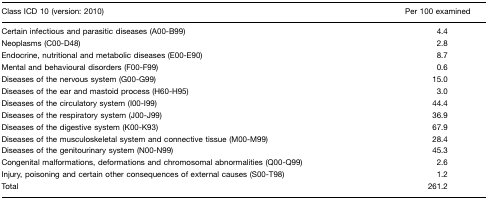
| Class ICD 10 (version: 2010) | Per 100 examined |
 | --- | --- |
 | Certain infectious and parasitic diseases (A00-B99) | 4.4 |
 | Neoplasms (C00-D48) | 2.8 |
 | Endocrine, nutritional and metabolic diseases (E00-E90) | 8.7 |
 | Mental and behavioral disorders (F00-F99) | 0.6 |
 | Diseases of the nervous system (G00-G99) | 15.0 |
 | Diseases of the ear and mastoid process (H60-H95) | 3.0 |
 | Diseases of the circulatory system (I00-I99) | 44.4 |
 | Diseases of the respiratory system (J00-J99) | 36.9 |
 | Diseases of the digestive system (K00-K93) | 67.9 |
 | Diseases of the musculoskeletal system and connective tissue (M00-M99) | 28.4 |
 | Diseases of the genitourinary system (N00-N99) | 45.3 |
 | Congenital malformations, deformations and chromosomal abnormalities (Q00-Q99) | 2.6 |
 | Injury, poisoning and certain other consequences of external causes (S00-T98) | 1.2 |
 | Total | 261.2 |